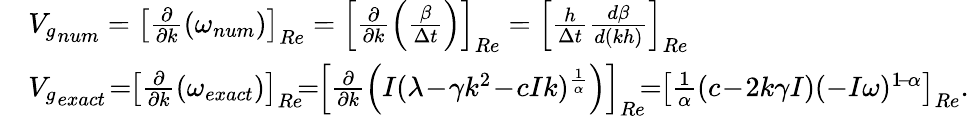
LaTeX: \begin{array}{rl}&{{V_{g}}_{num}=\left[\frac{\partial}{\partial k}(\omega_{num})\right]_{Re}=\left[\frac{\partial}{\partial k}\left(\frac{\beta}{\Delta t}\right)\right]_{Re}=\left[\frac{h}{\Delta t}\frac{d\beta}{d(kh)}\right]_{Re}}\\ &{{V_{g}}_{exact}\! =\! \! \left[\frac{\partial}{\partial k}(\omega_{exact})\right]_{Re}\! \! \! =\! \! \left[\frac{\partial}{\partial k}\left(I(\lambda\! -\! \gamma k^{2}\! -\! cIk)^{\frac{1}{\alpha}}\right)\right]_{Re}\! \! \! =\! \! \left[\frac{1}{\alpha}(c\! -\! 2k\gamma I)(-I\omega)^{1\! -\! \alpha}\right]_{Re}.}\end{array}